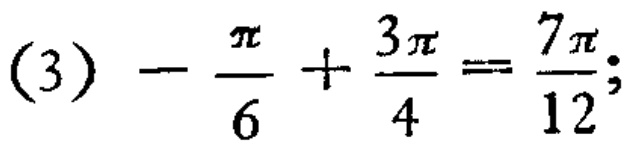
\((3)-\frac{\pi}{6}+\frac{3\pi}{4}=\frac{7\pi}{12};\)